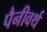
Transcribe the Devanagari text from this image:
पैनीवर्थ